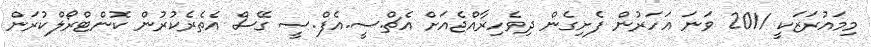
މިމައުރަޒަކީ 2011 ވަނަ އަހަރުން ފެށިގެން ދިވެހިރާއްޖެއަށް އެޗް.ސީ.އެފް.ސީ ގޭސް އެތެރެކުރުން ކޮންޓްރޯލްކުރަން